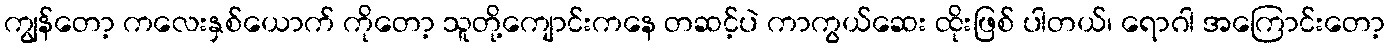
ကျွန်တော့ ကလေးနှစ်ယောက် ကိုတော့ သူတို့ကျောင်းကနေ တဆင့်ပဲ ကာကွယ်ဆေး ထိုးဖြစ် ပါတယ်၊ ရောဂါ အကြောင်းတော့